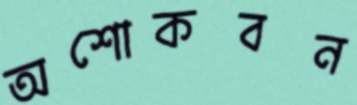
অশোকবন